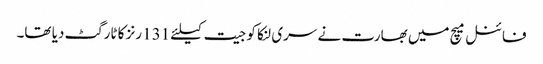
فائنل میچ میں بھارت نے سری لنکا کو جیت کیلئے 131 رنز کا ٹارگٹ دیا تھا۔